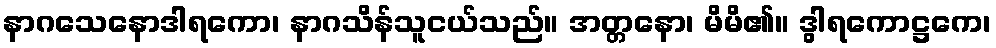
နာဂသေနောဒါရကော၊ နာဂသိန်သူငယ်သည်။ အတ္တနော၊ မိမိ၏။ ဒွါရကောဋ္ဌကေ၊